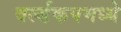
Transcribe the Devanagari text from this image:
वर्ल्डकपमध्ये